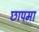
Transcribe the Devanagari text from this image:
छापमा